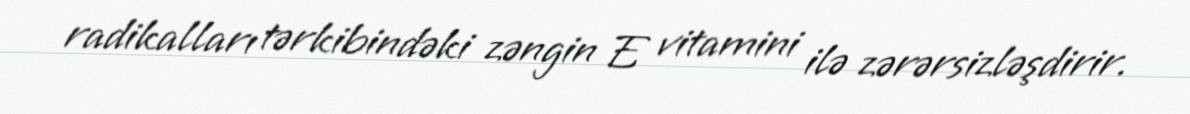
radikalları tərkibindəki zəngin E vitamini ilə zərərsizləşdirir.